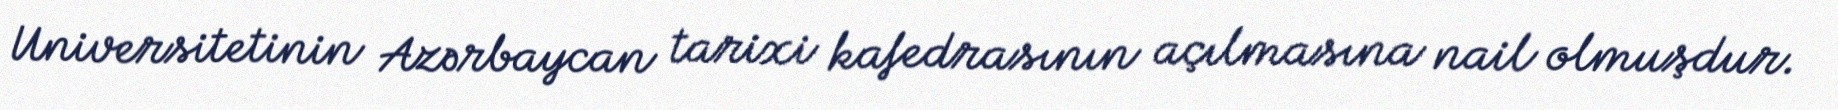
Universitetinin Azərbaycan tarixi kafedrasının açılmasına nail olmuşdur.